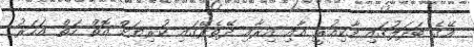
އޭގެ ބަދަލުގައި މާކިއުރީ އާއި އިރާއި ދޭތެރޭގައި ކުރިޔަށް އޮތް ހަތް އަހަރު